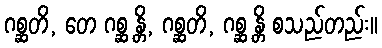
ဂစ္ဆတိ, တေ ဂစ္ဆ န္တိ, ဂစ္ဆတိ, ဂစ္ဆ န္တိ စသည်တည်း။